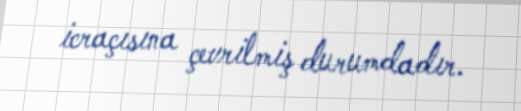
icraçısına çevrilmiş durumdadır.